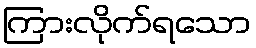
ကြားလိုက်ရသော